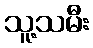
သူ့သမီး